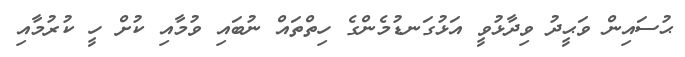
ޙުސައިން ވަޙީދު ވިދާޅުވީ އަޅުގަނޑުމެންގެ ހިތްތައް ނުބައި ވުމާއި ކުށް ހީ ކުރުމާއި